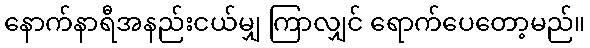
နောက်နာရီအနည်းငယ်မျှ ကြာလျှင် ရောက်ပေတော့မည်။